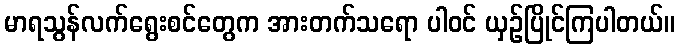
မာရသွန်လက်ရွေးစင်တွေက အားတက်သရော ပါဝင် ယှဉ်ပြိုင်ကြပါတယ်။